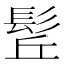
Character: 𩬡